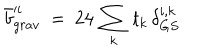
LaTeX: \bar { b } _ { g r a v } ^ { \prime i } \ = \ 2 4 \, \sum _ { k } \, t _ { k } \, \delta _ { G S } ^ { i , k }